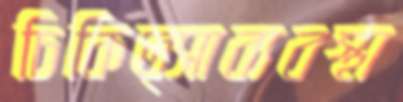
চিকিত্সাব্যবস্থা